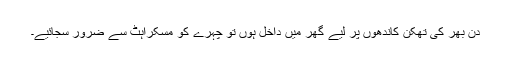
دن بھر کی تھکن کاندھوں پر لیے گھر میں داخل ہوں تو چہرے کو مسکراہٹ سے ضرور سجائیے۔